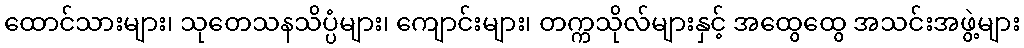
ထောင်သားများ၊ သုတေသနသိပ္ပံများ၊ ကျောင်းများ၊ တက္ကသိုလ်များနှင့် အထွေထွေ အသင်းအဖွဲ့များ